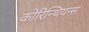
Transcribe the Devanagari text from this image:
कोरिन्थियन्स